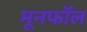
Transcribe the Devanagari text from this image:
मूनफॉल